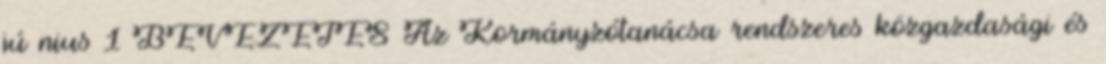
jú nius 1 BEVEZETÉS Az Kormányzótanácsa rendszeres közgazdasági és